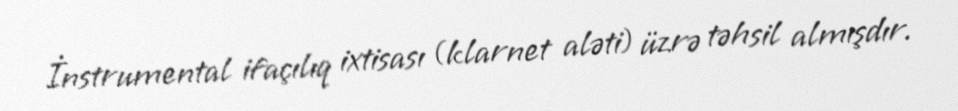
İnstrumental ifaçılıq ixtisası (klarnet aləti) üzrə təhsil almışdır.